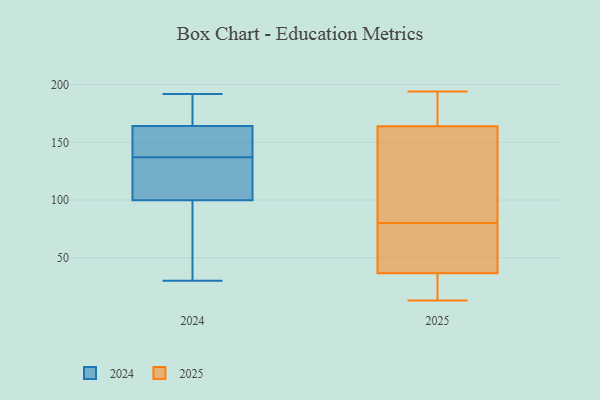
{"axis": {"x": "Budget (USD K)", "y": "Value"}, "legend": ["2024", "2025"], "data": [{"x": "", "y": 28, "type": "2025"}, {"x": "", "y": 18, "type": "2025"}, {"x": "", "y": 148, "type": "2025"}, {"x": "", "y": 187, "type": "2025"}, {"x": "", "y": 55, "type": "2025"}, {"x": "", "y": 146, "type": "2025"}, {"x": "", "y": 13, "type": "2025"}, {"x": "", "y": 48, "type": "2025"}, {"x": "", "y": 105, "type": "2025"}, {"x": "", "y": 180, "type": "2025"}, {"x": "", "y": 194, "type": "2025"}, {"x": "", "y": 45, "type": "2025"}, {"x": "", "y": 160, "type": "2024"}, {"x": "", "y": 137, "type": "2024"}, {"x": "", "y": 191, "type": "2024"}, {"x": "", "y": 171, "type": "2024"}, {"x": "", "y": 162, "type": "2024"}, {"x": "", "y": 111, "type": "2024"}, {"x": "", "y": 65, "type": "2024"}, {"x": "", "y": 184, "type": "2024"}, {"x": "", "y": 125, "type": "2024"}, {"x": "", "y": 165, "type": "2024"}, {"x": "", "y": 48, "type": "2024"}, {"x": "", "y": 30, "type": "2024"}, {"x": "", "y": 192, "type": "2024"}, {"x": "", "y": 139, "type": "2024"}, {"x": "", "y": 98, "type": "2024"}, {"x": "", "y": 145, "type": "2024"}, {"x": "", "y": 88, "type": "2024"}, {"x": "", "y": 105, "type": "2024"}, {"x": "", "y": 108, "type": "2024"}]}